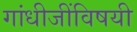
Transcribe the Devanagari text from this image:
गांधीजींविषयी